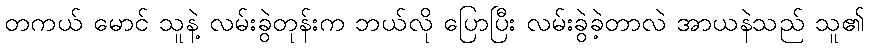
တကယ် မောင် သူနဲ့ လမ်းခွဲတုန်းက ဘယ်လို ပြောပြီး လမ်းခွဲခဲ့တာလဲ အာယနဲသည် သူ၏